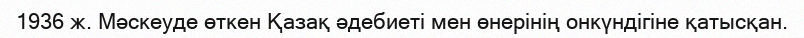
1936 ж. Мәскеуде өткен Қазақ әдебиеті мен өнерінің онкүндігіне қатысқан.